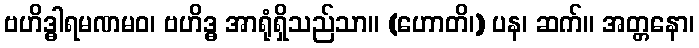
ဗဟိဒ္ဓါရမဏမဝ၊ ဗဟိဒ္ဓ အာရုံရှိသည်သာ။ (ဟောတိ၊) ပန၊ ဆက်။ အတ္တနော၊